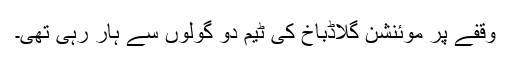
وقفے پر موئنشن گلاڈباخ کی ٹیم دو گولوں سے ہار رہی تھی۔